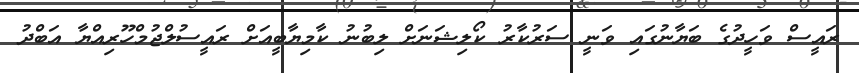
ރައީސް ވަހީދުގެ ބަޔާނުގައި ވަނީ ސަރުކާރު ކޯލިޝަނަށް ލިބުނު ކާމިޔާބީއަށް ރައީސުލްޖުމްހޫރިއްޔާ އަބްދު